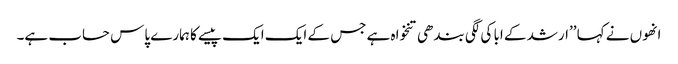
انھوں نے کہا ’’ارشد کے ابا کی لگی بندھی تنخواہ ہے جس کے ایک ایک پیسے کا ہمارے پاس حساب ہے۔